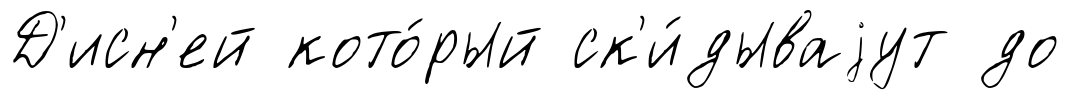
Д'исн'ей кото́рый ск'и́дываjут до